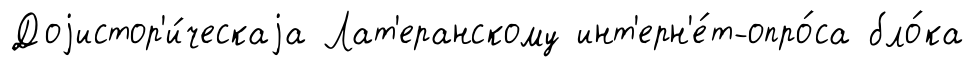
Доjистор'и́ческаjа Лат'еранскому инт'ерн'е́т-опро́са бло́ка